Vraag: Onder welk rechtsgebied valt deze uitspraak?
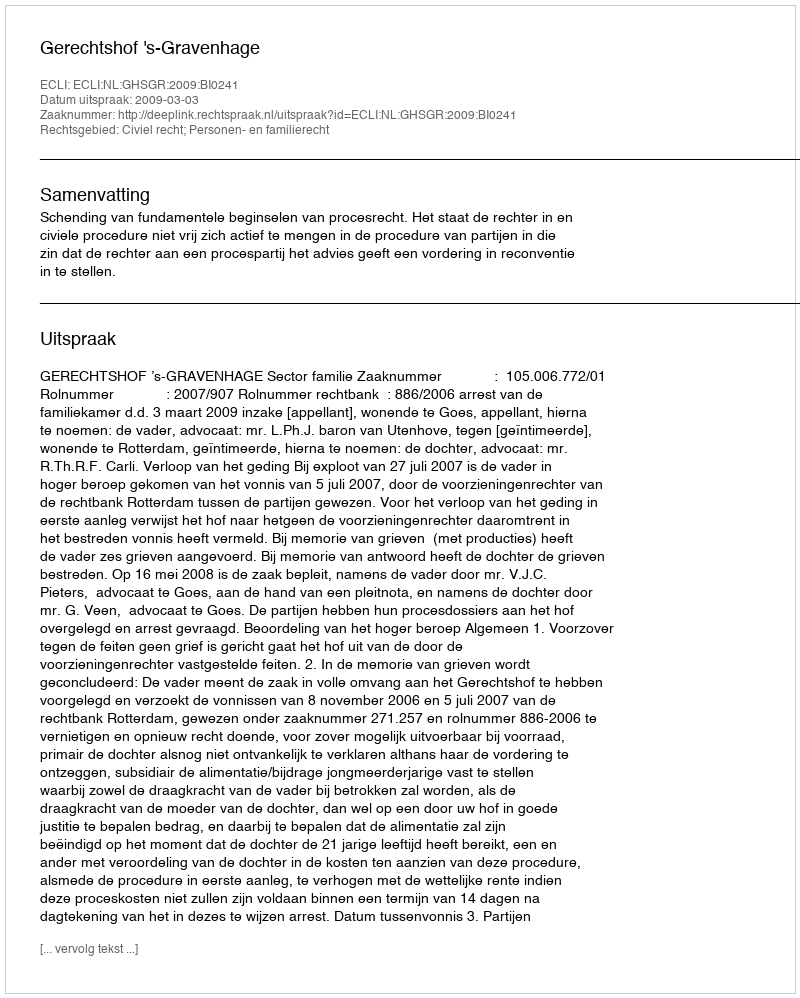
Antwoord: Civiel recht; Personen- en familierecht